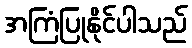
အကြံပြုနိုင်ပါသည်